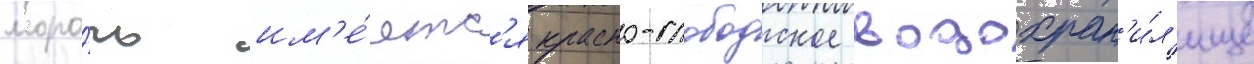
моро́чь им'е́етс'я красно-слободское водохран'и́л'ище